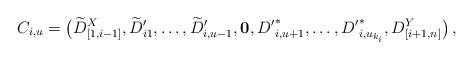
LaTeX: \begin{align*}C_{i,u}=\big ({\widetilde{D}}_{[1,i-1]}^{X},{\widetilde{D}}_{i1}^{\prime},\dots,{\widetilde{D}}_{i,u-1}^{\prime},{\mathbf{0}},{D^{\prime}}_{i,u+1}^{\ast},\dots,{D^{\prime}}_{i,u_{k_{i}}}^{\ast},{D}_{[i+1,n]}^{Y}\big )\,, \end{align*}